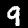
Label: 9